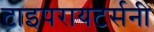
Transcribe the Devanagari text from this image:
टाइपरायटर्सनी